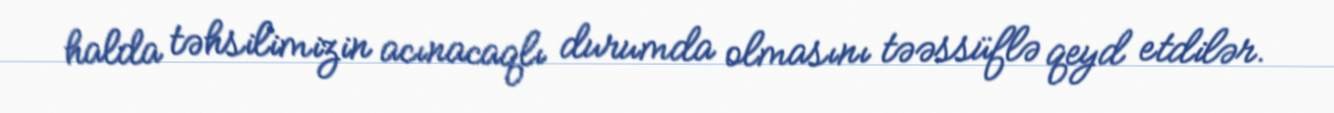
halda təhsilimizin acınacaqlı durumda olmasını təəssüflə qeyd etdilər.